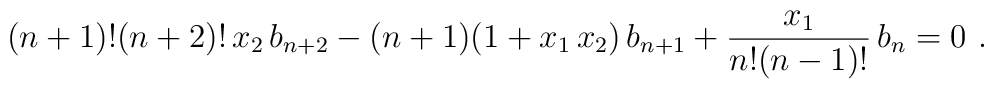
(n+1)!(n+2)!\, x_2\, b_{n+2} - (n+1) (1+ x_1\, x_2)\, b_{n+1} +{x_1 \over n!(n-1)!}\, b_n = 0\ .